Annual report of the Punjab Veterinary College and of the Civil Veterinary Department, Punjab - 1926-1932
Year: 1926
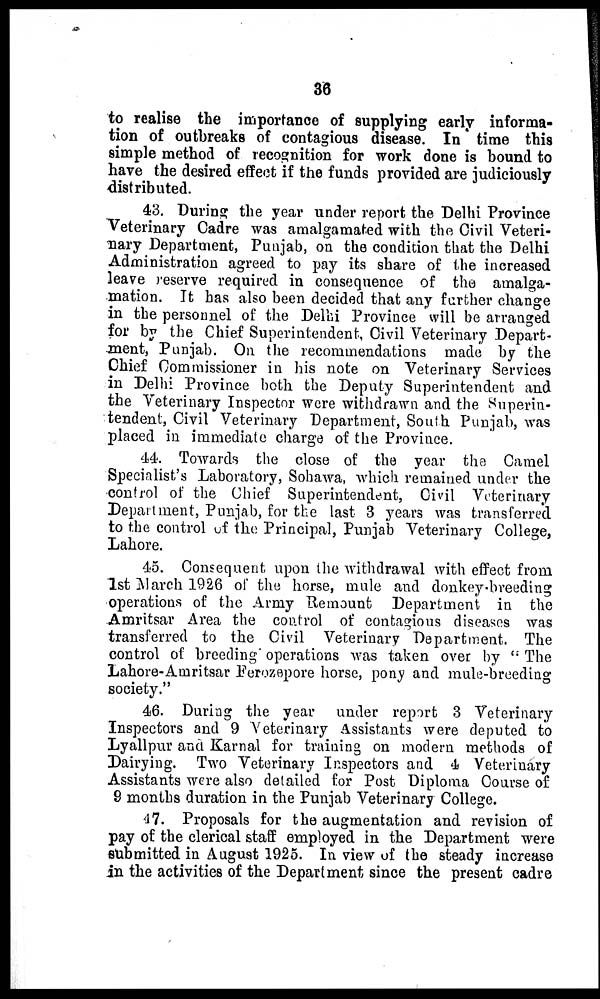
36
to realise the importance of supplying early informa-
tion of outbreaks of contagious disease. In time this
simple method of recognition for work done is bound to
have the desired effect if the funds provided are judiciously
distributed.
43. During the year under report the Delhi Province
Veterinary Cadre was amalgamated with the Civil Veteri-
nary Department, Punjab, on the condition that the Delhi
Administration agreed to pay its share of the increased
leave reserve required in consequence of the amalga-
mation. It has also been decided that any further change
in the personnel of the Delhi Province will be arranged
for by the Chief Superintendent, Civil Veterinary Depart-
ment, Punjab. On the recommendations made by the
Chief Commissioner in his note on Veterinary Services
in Delhi Province both the Deputy Superintendent and
the Veterinary Inspector were withdrawn and the Superin-
tendent, Civil Veterinary Department, South Punjab, was
placed in immediate charge of the Province.
44. Towards the close of the year the Camel
Specialist's Laboratory, Sohawa, which remained under the
control of the Chief Superintendent, Civil Veterinary
Department, Punjab, for the last 3 years was transferred
to the control of the Principal, Punjab Veterinary College,
Lahore.
45. Consequent upon the withdrawal with effect from
1st March 1926 of the horse, mule and donkey-breeding
operations of the Army Remount Department in the
Amritsar Area the control of contagious diseases was
transferred to the Civil Veterinary Department. The
control of breeding operations was taken over by "The
Lahore-Amritsar Ferozepore horse, pony and mule-breeding
society."
46. During the year under report 3 Veterinary
Inspectors and 9 Veterinary Assistants were deputed to
Lyallpur and Karnal for training on modern methods of
Dairying. Two Veterinary Inspectors and 4 Veterinary
Assistants were also detailed for Post Diploma Course of
9 months duration in the Punjab Veterinary College.
47. Proposals for the augmentation and revision of
pay of the clerical staff employed in the Department were
submitted in August 1925. In view of the steady increase
in the activities of the Department since the present cadre